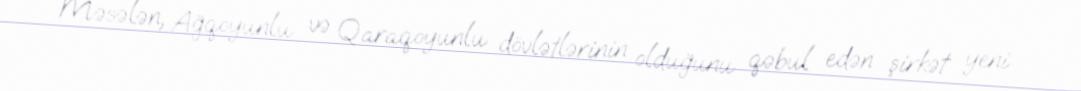
Məsələn, Ağqoyunlu və Qaraqoyunlu dövlətlərinin olduğunu qəbul edən şirkət yeni